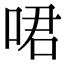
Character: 𠲰